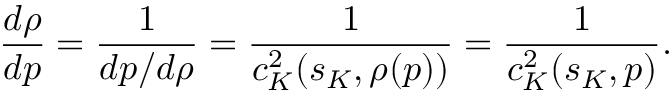
\frac { d \rho } { d p } = \frac { 1 } { d p / d \rho } = \frac { 1 } { c _ { K } ^ { 2 } ( s _ { K } , \rho ( p ) ) } = \frac { 1 } { c _ { K } ^ { 2 } ( s _ { K } , p ) } .